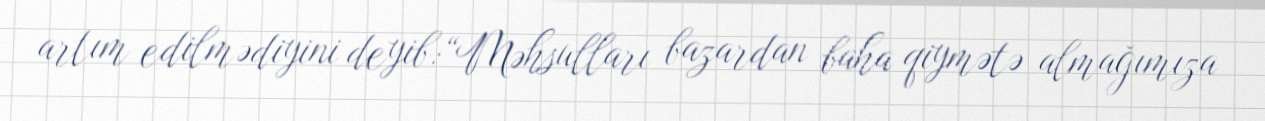
artım edilmədiyini deyib:“Məhsulları bazardan baha qiymətə almağımıza